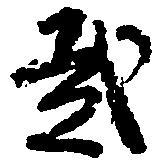
弐